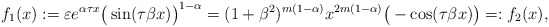
\begin{align*} f_1(x):= \varepsilon e^{\alpha \tau x} \big(\sin (\tau \beta x) \big)^{1 - \alpha} = (1 + \beta^2)^{m (1 - \alpha)} x^{2 m (1 - \alpha)} \big(- \cos (\tau \beta x)\big) =:f_2(x), \end{align*}